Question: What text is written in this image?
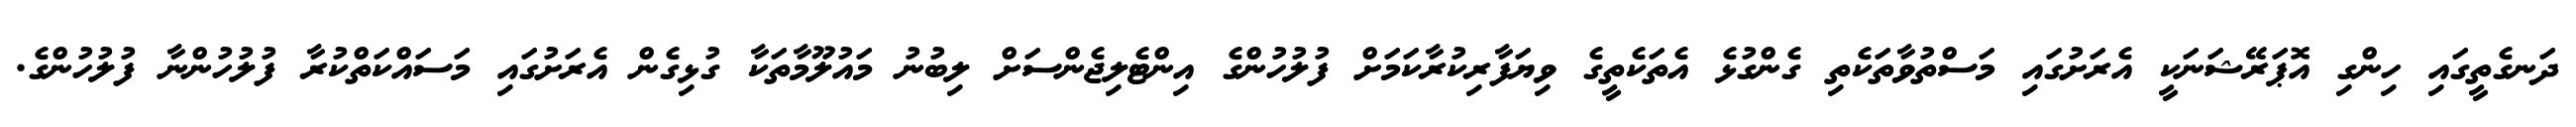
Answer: ދަނގެތީގައި ހިންގި އޮޕަރޭޝަނަކީ އެރަށުގައި މަސްތުވާތަކެތި ގެންގުޅެ އެތަކެތީގެ ވިޔަފާރިކުރާކަމަށް ފުލުހުންގެ އިންޓެލިޖެންސަށް ލިބުނު މައުލޫމާތަކާ ގުޅިގެން އެރަށުގައި މަސައްކަތްކުރާ ފުލުހުންނާ ފުލުހުންގެ.